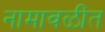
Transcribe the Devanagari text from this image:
नामावळींत